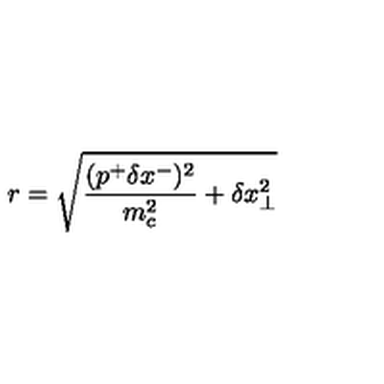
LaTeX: r = \sqrt { \frac { ( p ^ { + } \delta x ^ { - } ) ^ { 2 } } { m _ { c } ^ { 2 } } + \delta x _ { \bot } ^ { 2 } }